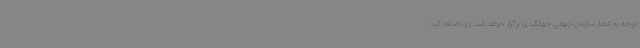
توجه به شعار سازمان جهانی جهانگردی برگزار خواهد شد. وی اضافه کرد: